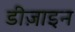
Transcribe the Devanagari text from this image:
डीज़ाइन